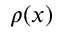
\rho ( x )